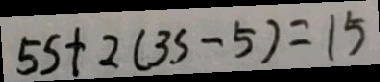
5 5 + 2 ( 3 5 - 5 ) = 1 5